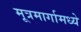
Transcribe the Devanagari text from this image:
मूत्रमार्गामध्ये